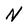
Character: N